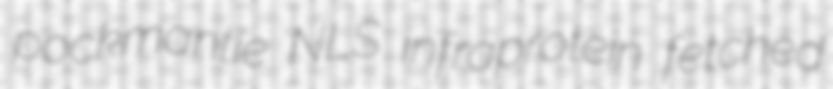
pockmantie NLS infraprotein fetched